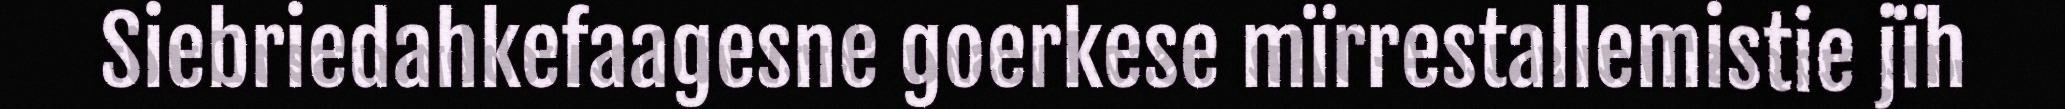
Siebriedahkefaagesne goerkese mïrrestallemistie jïh